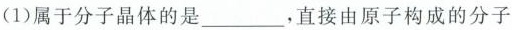
(1)属于分子晶体的是___，直接由原子构成的分子